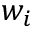
w _ { i }